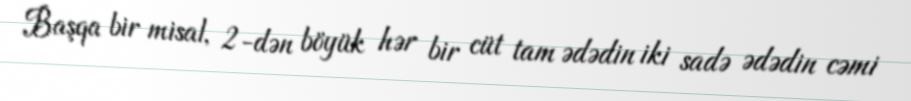
Başqa bir misal, 2-dən böyük hər bir cüt tam ədədin iki sadə ədədin cəmi